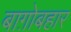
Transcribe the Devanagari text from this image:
बाग़ोबहार